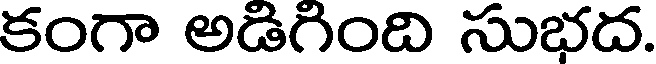
కంగా అడిగింది సుభద.